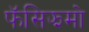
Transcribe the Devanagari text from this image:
फॅसिझमो